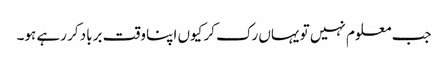
جب معلوم نہیں تو یہاں رک کر کیوں اپنا وقت برباد کر رہے ہو۔